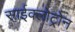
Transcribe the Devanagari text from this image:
साईक्लोट्रोन